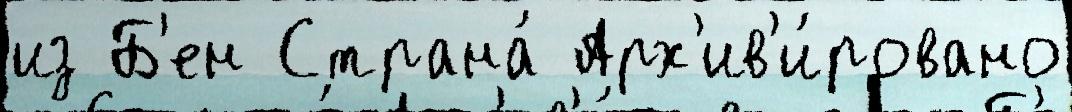
из Б'ен Страна́ Арх'ив'и́ровано